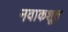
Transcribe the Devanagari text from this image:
नवाकशूत